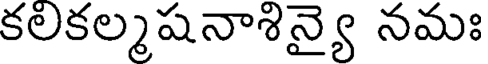
కలకల్మషనాశిన్యై నమః